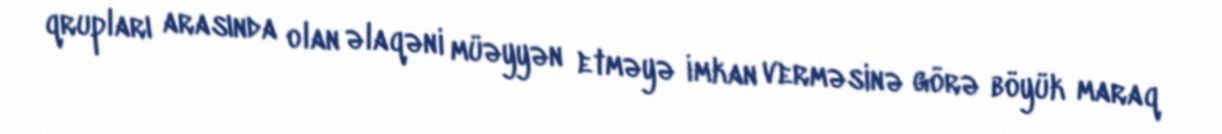
qrupları arasında olan əlaqəni müəyyən etməyə imkan verməsinə görə böyük maraq